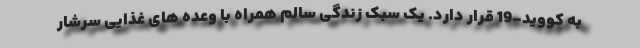
به کووید-19 قرار دارد. یک سبک زندگی سالم همراه با وعده های غذایی سرشار